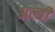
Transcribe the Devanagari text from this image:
अल्बी